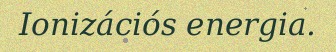
Ionizációs energia.